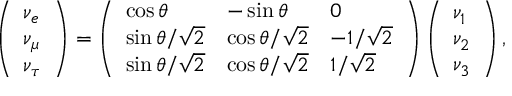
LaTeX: \left( \begin{array} { l } { { \nu _ { e } } } \\ { { \nu _ { \mu } } } \\ { { \nu _ { \tau } } } \end{array} \right) = \left( \begin{array} { l l l } { { \cos \theta } } & { { - \sin \theta } } & { { 0 } } \\ { { \sin \theta / \sqrt 2 } } & { { \cos \theta / \sqrt 2 } } & { { - 1 / \sqrt 2 } } \\ { { \sin \theta / \sqrt 2 } } & { { \cos \theta / \sqrt 2 } } & { { 1 / \sqrt 2 } } \end{array} \right) \left( \begin{array} { l } { { \nu _ { 1 } } } \\ { { \nu _ { 2 } } } \\ { { \nu _ { 3 } } } \end{array} \right) ,